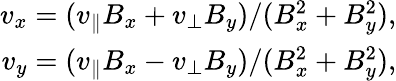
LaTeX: \begin{array}{r}{v_{x}=(v_{\parallel}B_{x}+v_{\perp}B_{y})/(B_{x}^{2}+B_{y}^{2}),}\\ {v_{y}=(v_{\parallel}B_{x}-v_{\perp}B_{y})/(B_{x}^{2}+B_{y}^{2}),}\end{array}